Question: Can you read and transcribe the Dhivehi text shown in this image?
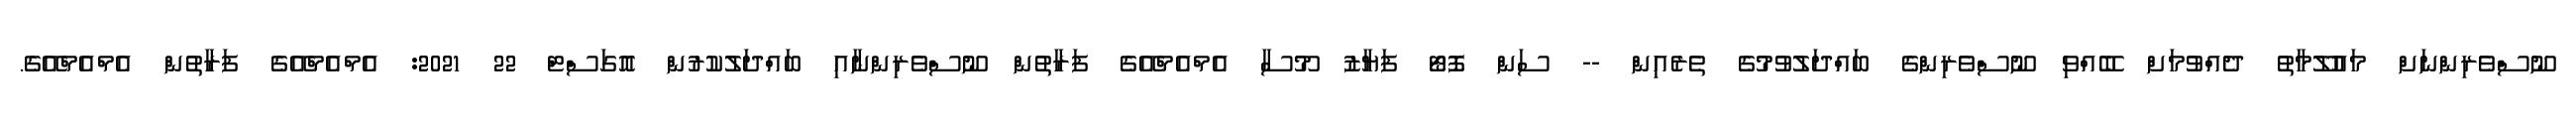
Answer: ނޫސްވެރިންނަށް މައުލޫމާތު ދެއްވުމަށް ބޭއްވި ނޫސްވެރިންގެ ބައްދަލުވުމުގެ ތެރެއިން -- ސަން ފޮޓޯ ފަޔާޒު މޫސާ އެމްއެމްއޭގެ ފަރާތުން ނޫސްވެރިންނާއި ބައްދަލުކުރުން އޮގަސްޓް 22 2021: އެމްއެމްއޭގެ ފަރާތުން އެމްއެމްއޭގެ.